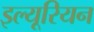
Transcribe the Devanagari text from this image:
इल्यूरियन